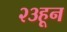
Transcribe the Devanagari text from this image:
२३हून